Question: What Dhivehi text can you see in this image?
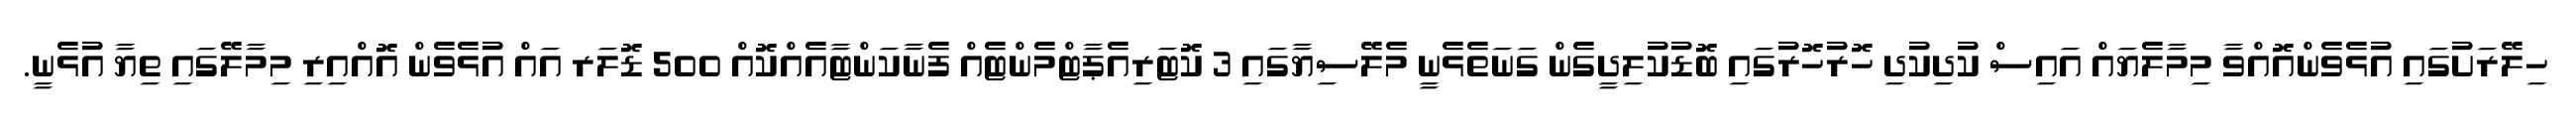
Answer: ހިލޭރަށުގައި އުޅެވެންއޮއްވާ މިމާލެޔައް އައިސް ކުދިކުދި ހޮރުހޮރުގައި ބޮޑުކުލިދީގެން ގަނަތެޅެނީ މެލޭސިޔާގައި 3 ކޮޓަރިއެޕާޓްމެންޓެއް ފެނާކަންޓާއެއްކޮއް 500 ޑޮލަރ އައް އުޅެވެން އޮއްއިރި މިމާލޭގައި ތިޔާ އުޅެނީ.